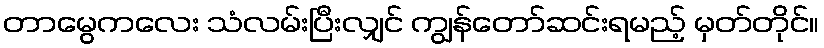
တာမွေကလေး သံလမ်းပြီးလျှင် ကျွန်တော်ဆင်းရမည့် မှတ်တိုင်။